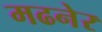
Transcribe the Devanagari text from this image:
मढनेर